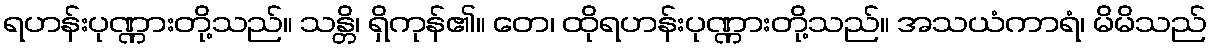
ရဟန်းပုဏ္ဏားတို့သည်။ သန္တိ၊ ရှိကုန်၏။ တေ၊ ထိုရဟန်းပုဏ္ဏားတို့သည်။ အသယံကာရံ၊ မိမိသည်